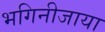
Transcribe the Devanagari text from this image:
भगिनीजाया